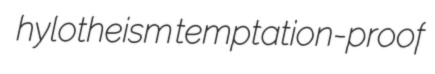
hylotheism temptation-proof